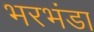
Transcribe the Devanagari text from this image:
भरभंडा